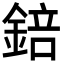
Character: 錇